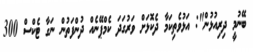
ބޭނުމީ ދިރިއުޅުން": އަޅުވެތިކަމާ ދެކޮޅަށް ވަރުގަދަ ކެމްޕޭނެއް ދުންފަތުން ނަގާ ޓެކްސް 300